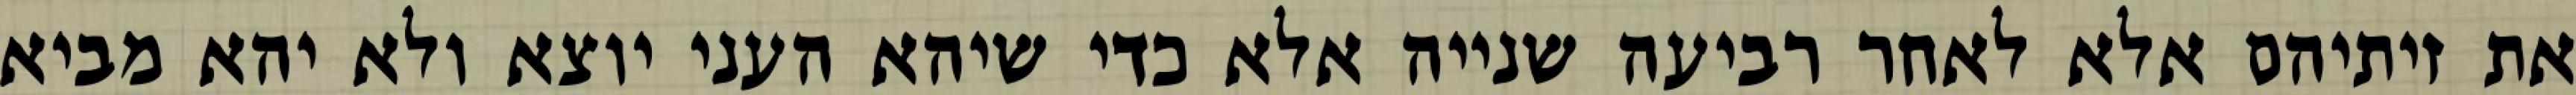
את זיתיהם אלא לאחר רביעה שנייה אלא כדי שיהא העני יוצא ולא יהא מביא